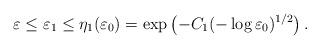
LaTeX: \begin{align*}\varepsilon\leq \varepsilon_1\leq \eta_1(\varepsilon_0)=\exp\left(-C_1(-\log\varepsilon_0)^{1/2}\right).\end{align*}